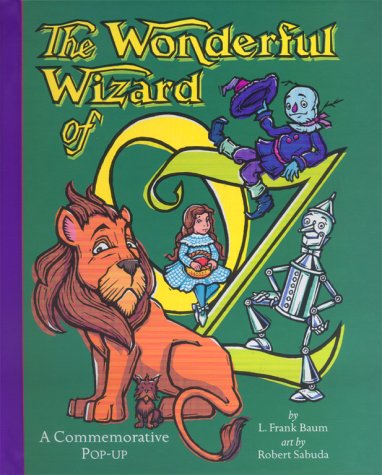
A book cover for The Wonderful Wizard of Oz: A Commemorative Pop-up; L. Frank Baum; Children's Books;